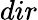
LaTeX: {dir}